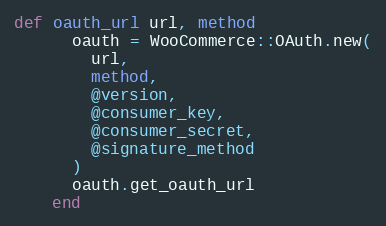
Language: Ruby
def oauth_url url, method
      oauth = WooCommerce::OAuth.new(
        url,
        method,
        @version,
        @consumer_key,
        @consumer_secret,
        @signature_method
      )
      oauth.get_oauth_url
    end